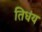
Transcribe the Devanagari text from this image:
तिधंय